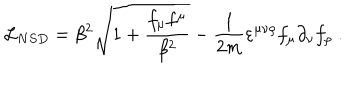
LaTeX: { \cal L } _ { N S D } = \beta ^ { 2 } { \sqrt { 1 + \frac { f _ { \mu } f ^ { \mu } } { \beta ^ { 2 } } } } - \frac 1 { 2 m } \varepsilon ^ { \mu \nu \rho } f _ { \mu } \partial _ { \nu } f _ { \rho } \; .